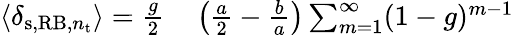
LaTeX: \begin{array}{rl}{\langle\delta_{\mathrm{s},\mathrm{RB},n_{\mathrm{t}}}\rangle=\frac{g}{2}}&{{}\left(\frac{a}{2}-\frac{b}{a}\right)\sum_{m=1}^{\infty}(1-g)^{m-1}}\end{array}